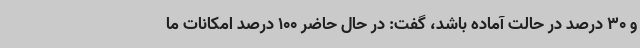
و 30 درصد در حالت آماده باشد، گفت: در حال حاضر 100 درصد امکانات ما